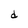
Character: d